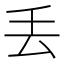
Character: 丢